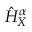
\hat { H } _ { X } ^ { \alpha }